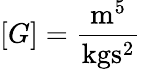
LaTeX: [G]=\frac{\mathrm{m}^{5}}{\mathrm{kg}\mathrm{s}^{2}}